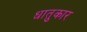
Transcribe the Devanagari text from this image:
धातुकार